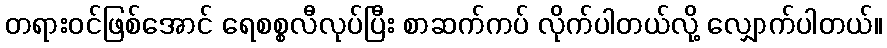
တရားဝင်ဖြစ်အောင် ရေစစ္စလီလုပ်ပြီး စာဆက်ကပ် လိုက်ပါတယ်လို့ လျှောက်ပါတယ်။